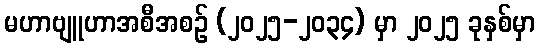
မဟာဗျူဟာအစီအစဉ် (၂၀၂၅-၂၀၃၄) မှာ ၂၀၂၅ ခုနှစ်မှာ